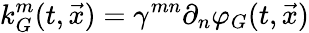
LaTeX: k_{G}^{m}(t,{\vec{x}})=\gamma^{mn}\partial_{n}\varphi_{G}(t,{\vec{x}})